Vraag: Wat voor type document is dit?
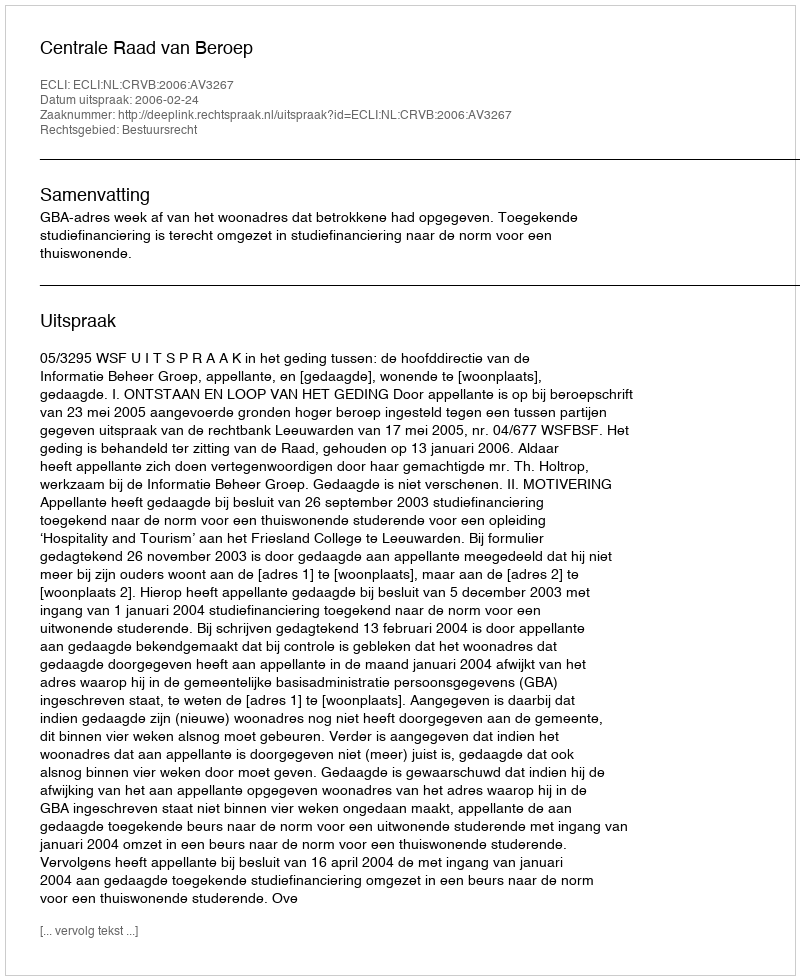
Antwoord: Uitspraak